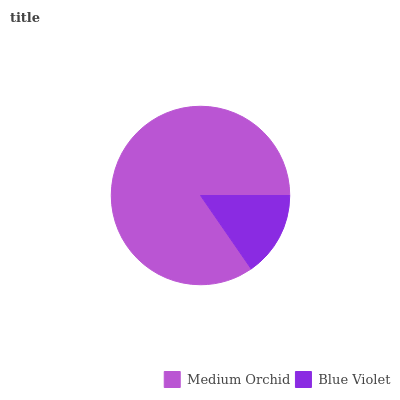
| Medium Orchid | Blue Violet |
 | --- | --- |
 | 84.6% | 15.4% |